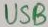
Text: USB